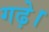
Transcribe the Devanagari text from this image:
गढ़े।